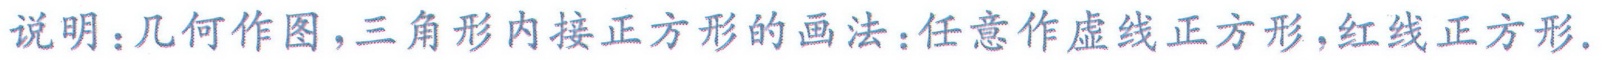
说明：几何作图，三角形内接正方形的画法：任意作虚线正方形，红线正方形.